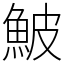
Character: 鮍